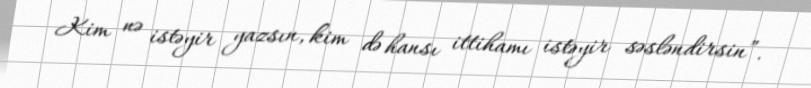
Kim nə istəyir yazsın, kim də hansı ittihamı istəyir səsləndirsin”.